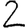
Digit: 2